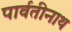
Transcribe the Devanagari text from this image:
पार्वतीनाथ